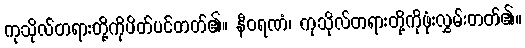
ကုသိုလ်တရားတို့ကိုပိတ်ပင်တတ်၏။ နီဝရဏံ၊ ကုသိုလ်တရားတို့ကိုဖုံးလွှမ်းတတ်၏။